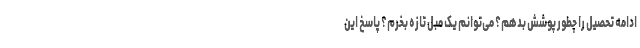
ادامه تحصیل را چطور پوشش بدهم؟ می‌توانم یک مبل تازه بخرم؟ پاسخ این